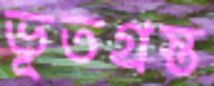
ভূতগ্রস্ত